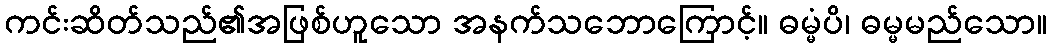
ကင်းဆိတ်သည်၏အဖြစ်ဟူသော အနက်သဘောကြောင့်။ ဓမ္မံပိ၊ ဓမ္မမည်သော။